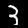
Label: 3